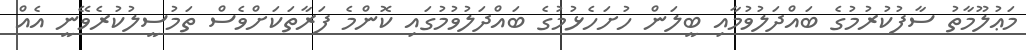
މަޢުލޫމާތު ސާފުކުރުމުގެ ބައްދަލުވުމާއި ބީލަން ހުށަހެޅުމުގެ ބައްދަލުވުމުގައި ކޮންމެ ފަރާތަކަށްވެސް ތަމުސީލުކުރެވޭނީ އެއް